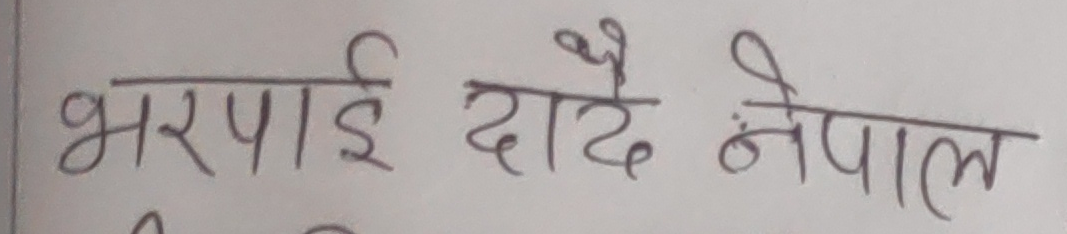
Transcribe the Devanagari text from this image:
भरपाई दादै नेपाल